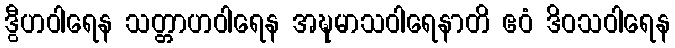
ဒွီဟဝါရေန သတ္တာဟဝါရေန အဍ္ဎမာသဝါရေနာတိ ဧဝံ ဒိဝသဝါရေန